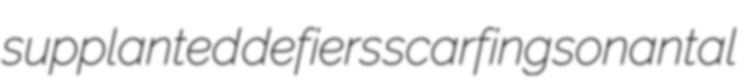
supplanted defiers scarfing sonantal